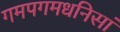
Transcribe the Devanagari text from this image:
गमपगमधनिसां